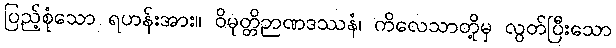
ပြည့်စုံသော ရဟန်းအား။ ဝိမုတ္တိဉာဏဒဿနံ၊ ကိလေသာတို့မှ လွတ်ပြီးသော